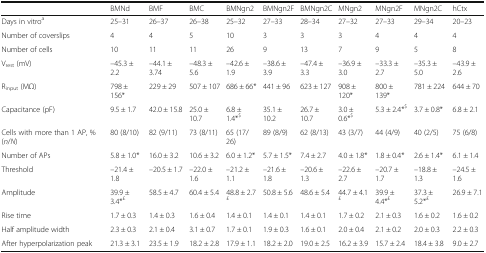
<table><thead><tr><td></td><td><b>BMNd</b></td><td><b>BMF</b></td><td><b>BMC</b></td><td><b>BMNgn2</b></td><td><b>BMNgn2F</b></td><td><b>BMNgn2C</b></td><td><b>MNgn2</b></td><td><b>MNgn2F</b></td><td><b>MNgn2C</b></td><td><b>hCtx</b></td></tr></thead><tbody><tr><td>Days in vitro<sup>a</sup></td><td>25–31</td><td>26–37</td><td>26–38</td><td>25–32</td><td>27–33</td><td>28–34</td><td>27–32</td><td>27–33</td><td>29–34</td><td>20–23</td></tr><tr><td>Number of coverslips</td><td>4</td><td>4</td><td>5</td><td>10</td><td>3</td><td>3</td><td>3</td><td>4</td><td>4</td><td>4</td></tr><tr><td>Number of cells</td><td>10</td><td>11</td><td>11</td><td>26</td><td>9</td><td>13</td><td>7</td><td>9</td><td>5</td><td>8</td></tr><tr><td>V<sub>rest</sub> (mV)</td><td>–45.3 ± 2.2</td><td>–44.1 ± 3.74</td><td>–48.3 ± 5.6</td><td>–42.6 ± 1.9</td><td>–38.6 ± 3.9</td><td>–47.4 ± 3.3</td><td>–36.9 ± 3.0</td><td>–33.3 ± 2.7</td><td>–35.3 ± 5.0</td><td>–43.9 ± 2.6</td></tr><tr><td>R<sub>input</sub> (MΩ)</td><td>798 ± 156*</td><td>229 ± 29</td><td>507 ± 107</td><td>686 ± 66*</td><td>441 ± 96</td><td>623 ± 127</td><td>908 ± 120*</td><td>800 ± 139*</td><td>781 ± 224</td><td>644 ± 70</td></tr><tr><td>Capacitance (pF)</td><td>9.5 ± 1.7</td><td>42.0 ± 15.8</td><td>25.0 ± 10.7</td><td>6.8 ± 1.4*<sup>$</sup></td><td>35.1 ± 10.2</td><td>26.7 ± 10.7</td><td>3.0 ± 0.6*<sup>$</sup></td><td>5.3 ± 2.4*<sup>$</sup></td><td>3.7 ± 0.8*</td><td>6.8 ± 2.1</td></tr><tr><td>Cells with more than 1 AP, % (<i>n</i>/<i>N</i>)</td><td>80 (8/10)</td><td>82 (9/11)</td><td>73 (8/11)</td><td>65 (17/26)</td><td>89 (8/9)</td><td>62 (8/13)</td><td>43 (3/7)</td><td>44 (4/9)</td><td>40 (2/5)</td><td>75 (6/8)</td></tr><tr><td>Number of APs</td><td>5.8 ± 1.0*</td><td>16.0 ± 3.2</td><td>10.6 ± 3.2</td><td>6.0 ± 1.2*</td><td>5.7 ± 1.5*</td><td>7.4 ± 2.7</td><td>4.0 ± 1.8*</td><td>1.8 ± 0.4*</td><td>2.6 ± 1.4*</td><td>6.1 ± 1.4</td></tr><tr><td>Threshold</td><td>–21.4 ± 1.8</td><td>–20.5 ± 1.7</td><td>–22.0 ± 1.6</td><td>–21.2 ± 1.1</td><td>–21.6 ± 1.8</td><td>–20.6 ± 1.3</td><td>–22.6 ± 2.7</td><td>–20.7 ± 1.7</td><td>–18.8 ± 1.3</td><td>–24.5 ± 1.6</td></tr><tr><td>Amplitude</td><td>39.9 ± 3.4*<sup>£</sup></td><td>58.5 ± 4.7</td><td>60.4 ± 5.4</td><td>48.8 ± 2.7<sup>£</sup></td><td>50.8 ± 5.6</td><td>48.6 ± 5.4</td><td>44.7 ± 4.1<sup>£</sup></td><td>39.9 ± 4.4*<sup>£</sup></td><td>37.3 ± 5.2*<sup>£</sup></td><td>26.9 ± 7.1</td></tr><tr><td>Rise time</td><td>1.7 ± 0.3</td><td>1.4 ± 0.3</td><td>1.6 ± 0.4</td><td>1.4 ± 0.1</td><td>1.4 ± 0.1</td><td>1.4 ± 0.1</td><td>1.7 ± 0.2</td><td>2.1 ± 0.3</td><td>1.6 ± 0.2</td><td>1.6 ± 0.2</td></tr><tr><td>Half amplitude width</td><td>2.3 ± 0.3</td><td>2.1 ± 0.4</td><td>3.1 ± 0.7</td><td>1.7 ± 0.1</td><td>1.9 ± 0.3</td><td>1.6 ± 0.1</td><td>2.0 ± 0.4</td><td>2.1 ± 0.2</td><td>2.0 ± 0.3</td><td>2.2 ± 0.3</td></tr><tr><td>After hyperpolarization peak</td><td>21.3 ± 3.1</td><td>23.5 ± 1.9</td><td>18.2 ± 2.8</td><td>17.9 ± 1.1</td><td>18.2 ± 2.0</td><td>19.0 ± 2.5</td><td>16.2 ± 3.9</td><td>15.7 ± 2.4</td><td>18.4 ± 3.8</td><td>9.0 ± 2.7</td></tr></tbody></table>